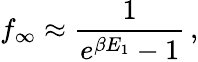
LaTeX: f_{\infty}\approx\frac{1}{e^{\beta E_{1}}-1}\, ,